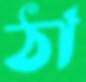
ঠা